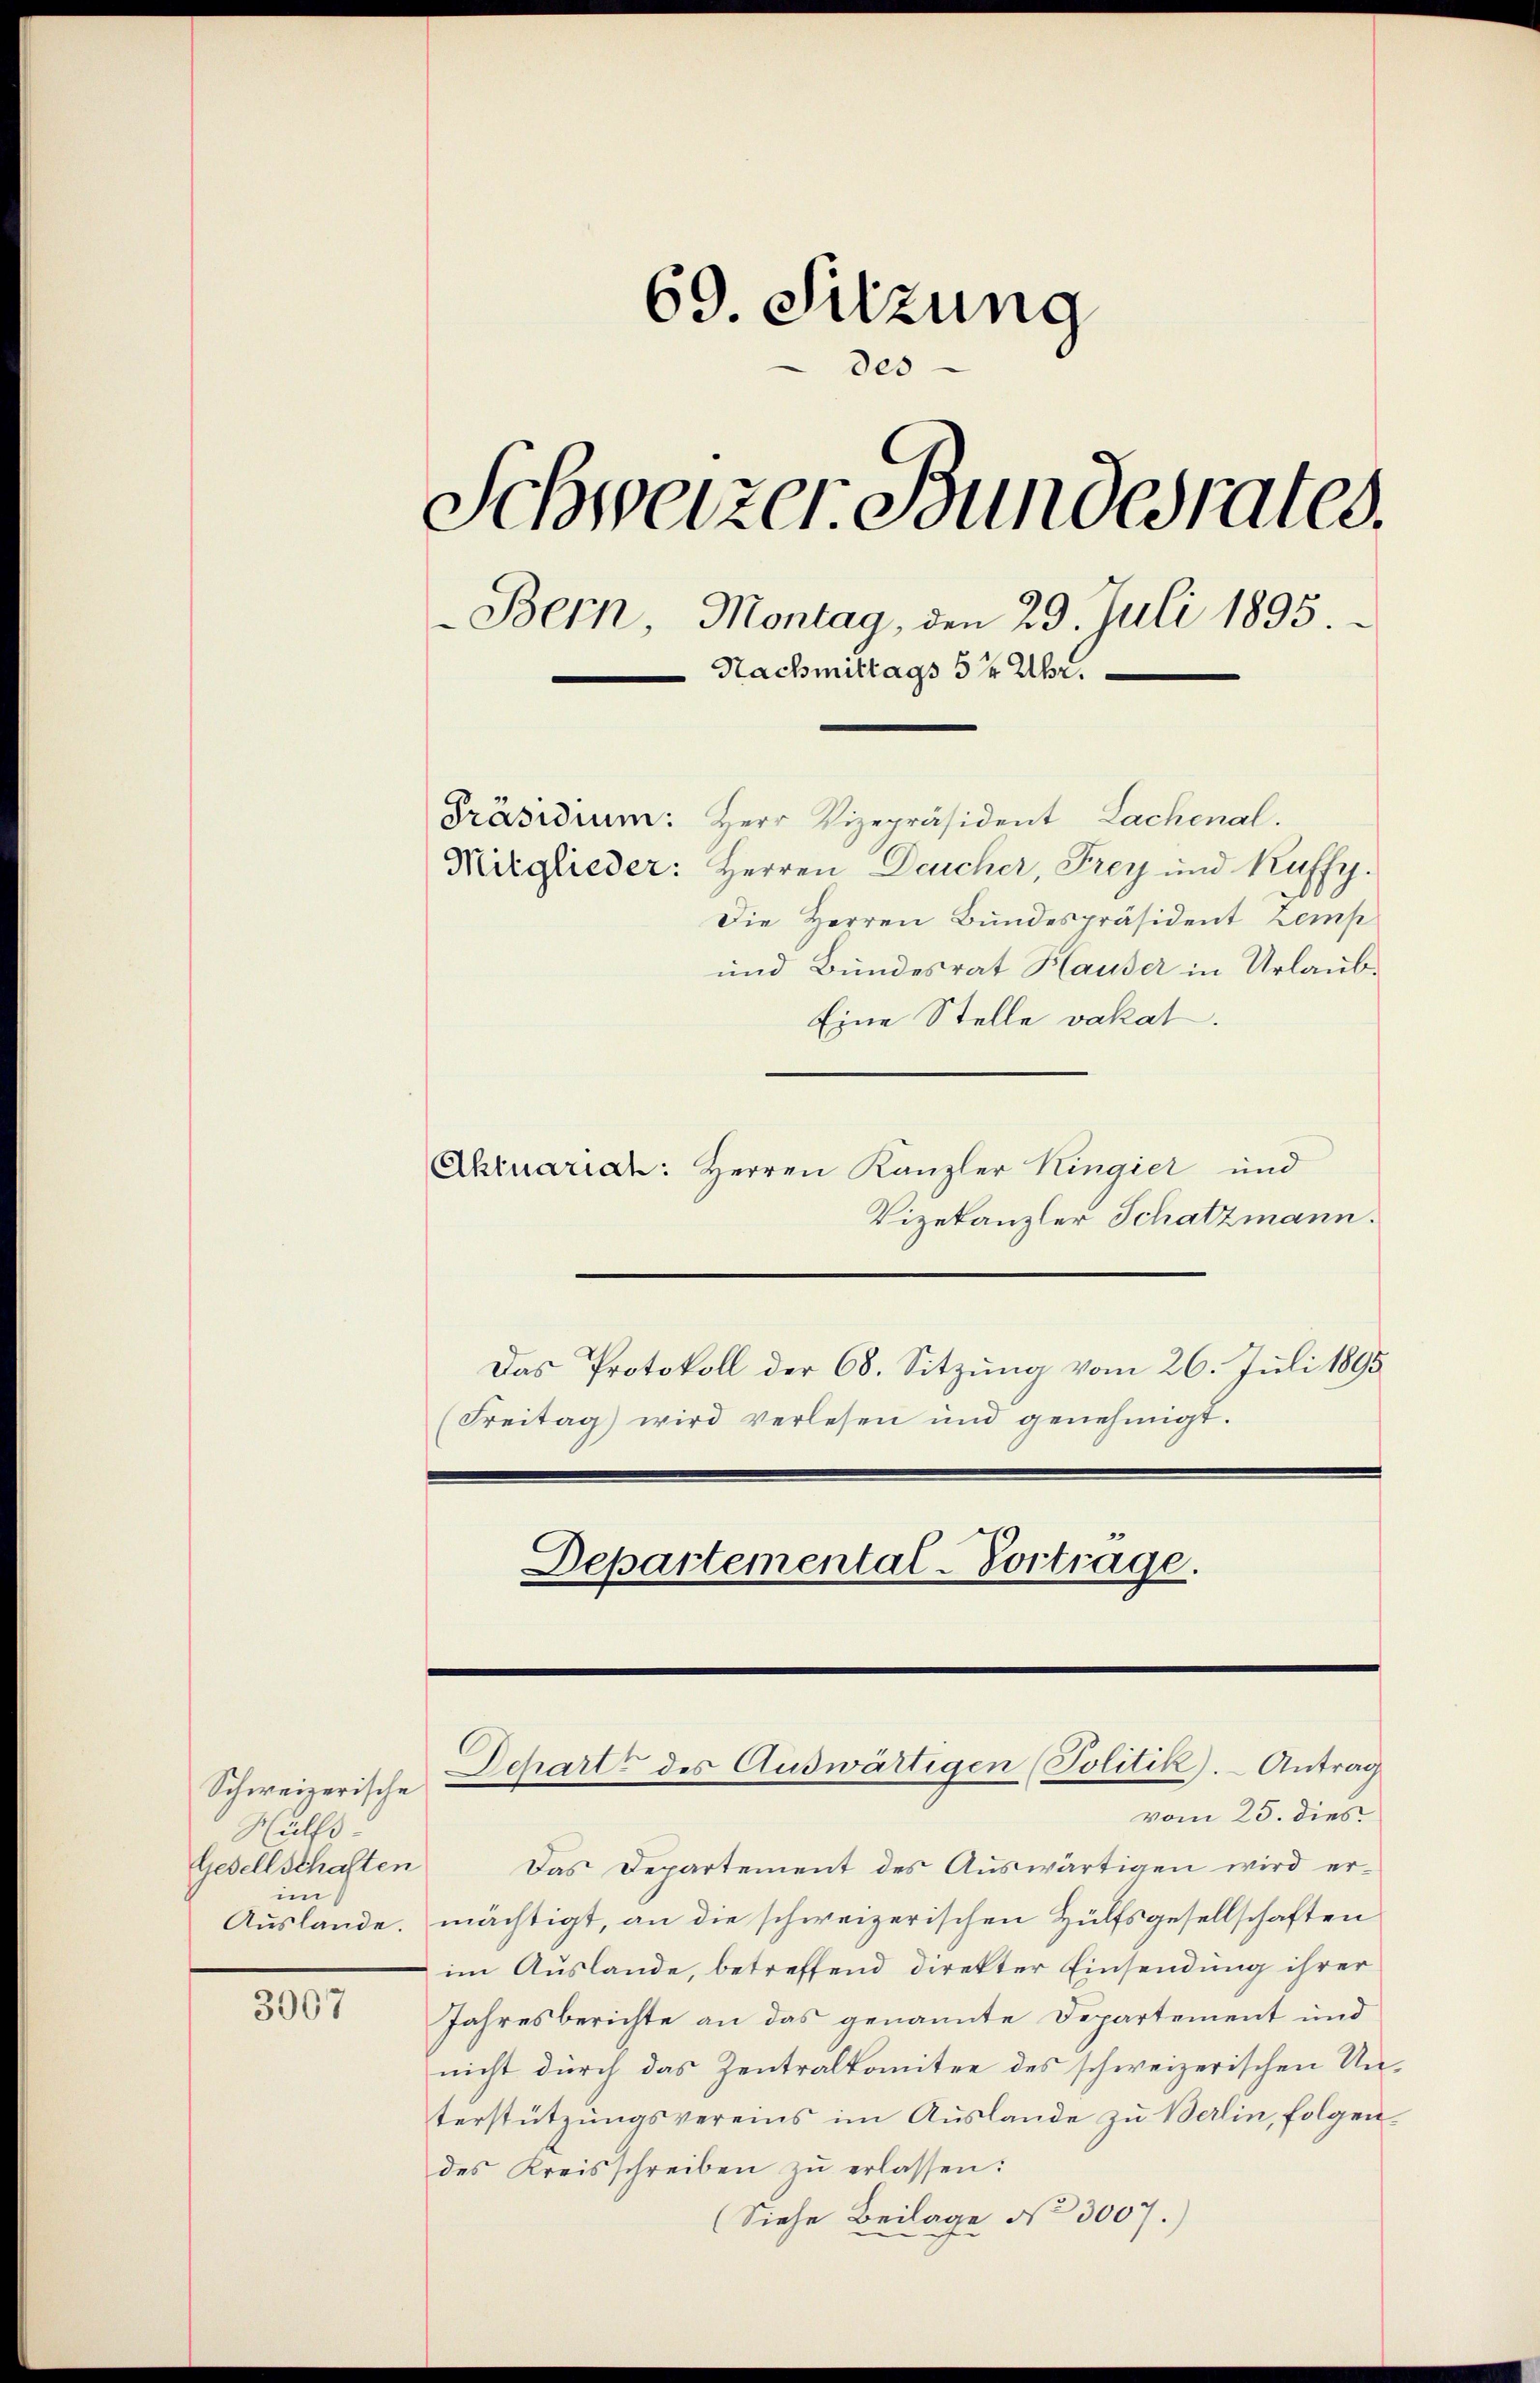
Schweizerische
Hülfs
Gesellschaften
in

3067

69. Sitzung
des
.
Schweizer Bundesrates.
Bern, Montag, den 29. Juli 1895
Nachmittags 5 Uhr.
Präsidium: Herr Vizepräsident Lachenal.
Mitglieder: Herren Deucher, Frey und Kuffy.
Die Herren Bundespräsident Zemp
und Bundesrat Hauser in Urlaub¬

Eine Stelle vakat.
Akruariat: Herren Kanzler Kingier und
Vizekanzler Schatzmann.
Das Protokoll der 68. Sitzung vom 26. Juli 1895
(Freitag) wird verlesen und genehmigt.

Departemental-Vortrage.

vom 25. dies
Das Departement des Auswärtigen wird er-
Auslande. mächtigt, an die schweizerischen Hülfsgesellschaften
im Auslande, betreffend direkter Einsendung ihrer
Jahresberichte an das genannte Departement und
nicht durch das Zentralkomitee des schweizerischen Unterstützungsvereins im Auslande zu Berlin, folgendes Kreisschreiben zu erlassen:
(Siehe Beilage No 3007.)

Dcharts des Auswärtigen (Politik). Antrag